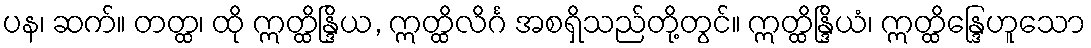
ပန၊ ဆက်။ တတ္ထ၊ ထို ဣတ္ထိန္ဒြိယ, ဣတ္ထိလိင်္ဂ အစရှိသည်တို့တွင်။ ဣတ္ထိန္ဒြိယံ၊ ဣတ္ထိန္ဒြေဟူသော